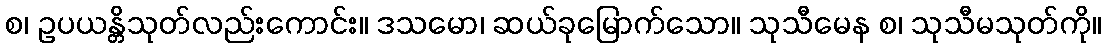
စ၊ ဥပယန္တိသုတ်လည်းကောင်း။ ဒသမော၊ ဆယ်ခုမြောက်သော။ သုသီမေန စ၊ သုသီမသုတ်ကို။